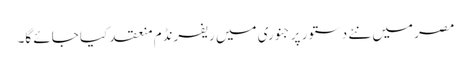
مصر میں نئے دستور پر جنوری میں ریفرنڈم منعقد کیا جائے گا۔